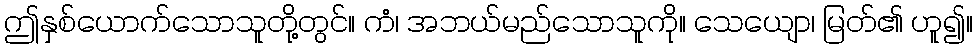
ဤနှစ်ယောက်သောသူတို့တွင်။ ကံ၊ အဘယ်မည်သောသူကို။ သေယျော၊ မြတ်၏ ဟူ၍။